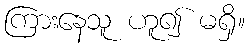
ကြားနေသူ ဟူ၍ မရှိ။